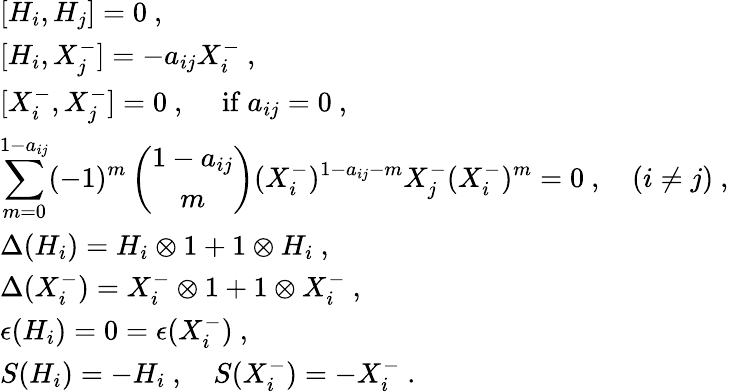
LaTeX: \begin{array}{l}{{[H_{i},H_{j}]=0~,}}\\ {{[H_{i},X_{j}^{-}]=-a_{ij}X_{i}^{-}~,}}\\ {{[X_{i}^{-},X_{j}^{-}]=0~,~~~~~\mathrm{if}~a_{ij}=0~,}}\\ {{\displaystyle\sum_{m=0}^{1-a_{ij}}(-1)^{m}\left(\begin{array}{c}{{1-a_{ij}}}\\ {{m}}\end{array}\right)(X_{i}^{-})^{1-a_{ij}-m}X_{j}^{-}(X_{i}^{-})^{m}=0~,~~~~(i\not=j)~,}}\\ {{\Delta(H_{i})=H_{i}\otimes 1+1\otimes H_{i}~,}}\\ {{\Delta(X_{i}^{-})=X_{i}^{-}\otimes 1+1\otimes X_{i}^{-}~,}}\\ {{\epsilon(H_{i})=0=\epsilon(X_{i}^{-})~,}}\\ {{S(H_{i})=-H_{i}~,~~~~S(X_{i}^{-})=-X_{i}^{-}~.}}\end{array}